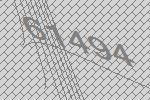
61494